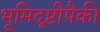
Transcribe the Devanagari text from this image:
भूमिदृष्टीपैकी